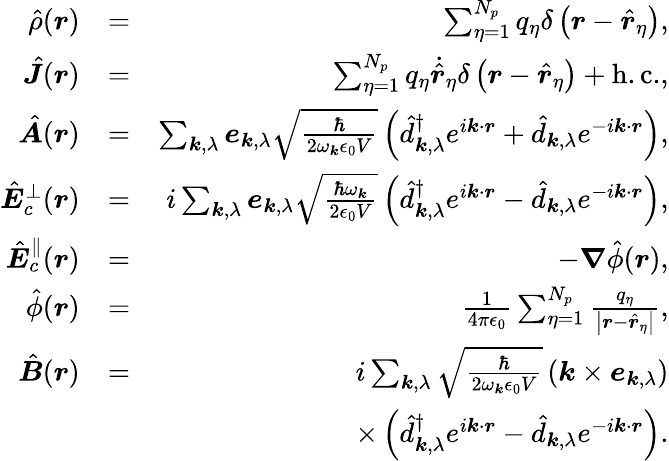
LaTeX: \begin{array}{rlr}{\hat{\rho}(\boldsymbol r)}&{=}&{\sum_{\eta=1}^{N_{p}}q_{\eta}\delta\left({\boldsymbol r}-\hat{\boldsymbol r}_{\eta}\right),}\\ {\hat{\boldsymbol J}(\boldsymbol r)}&{=}&{\sum_{\eta=1}^{N_{p}}q_{\eta}\dot{\hat{\boldsymbol{r}}}_{\eta}\delta\left({\boldsymbol r}-\hat{\boldsymbol r}_{\eta}\right)+\mathrm{h.c.},}\\ {\hat{\boldsymbol A}(\boldsymbol r)}&{=}&{\sum_{\boldsymbol k,\lambda}{\boldsymbol e}_{\boldsymbol k,\lambda}\sqrt{\frac{\hbar}{2\omega_{\boldsymbol k}\epsilon_{0}V}}\left(\hat{d}_{\boldsymbol k,\lambda}^{\dagger}e^{i\boldsymbol k\cdot\boldsymbol r}+\hat{d}_{\boldsymbol k,\lambda}e^{-i\boldsymbol k\cdot\boldsymbol r}\right),}\\ {\hat{\boldsymbol E}_{c}^{\perp}(\boldsymbol r)}&{=}&{i\sum_{\boldsymbol k,\lambda}{\boldsymbol e}_{\boldsymbol k,\lambda}\sqrt{\frac{\hbar\omega_{\boldsymbol k}}{2\epsilon_{0}V}}\left(\hat{d}_{\boldsymbol k,\lambda}^{\dagger}e^{i\boldsymbol k\cdot\boldsymbol r}-\hat{d}_{\boldsymbol k,\lambda}e^{-i\boldsymbol k\cdot\boldsymbol r}\right),}\\ {\hat{\boldsymbol E}_{c}^{\parallel}(\boldsymbol r)}&{=}&{-\boldsymbol\nabla\hat{\phi}(\boldsymbol r),}\\ {\hat{\phi}(\boldsymbol r)}&{=}&{\frac{1}{4\pi\epsilon_{0}}\sum_{\eta=1}^{N_{p}}\frac{q_{\eta}}{\left|\boldsymbol r-\hat{\boldsymbol r}_{\eta}\right|},}\\ {\hat{\boldsymbol B}(\boldsymbol r)}&{=}&{i\sum_{\boldsymbol k,\lambda}\sqrt{\frac{\hbar}{2\omega_{\boldsymbol k}\epsilon_{0}V}}\left(\boldsymbol k\times{\boldsymbol e}_{\boldsymbol k,\lambda}\right)}\\ &{}&{\times\left(\hat{d}_{\boldsymbol k,\lambda}^{\dagger}e^{i\boldsymbol k\cdot\boldsymbol r}-\hat{d}_{\boldsymbol k,\lambda}e^{-i\boldsymbol k\cdot\boldsymbol r}\right).}\end{array}